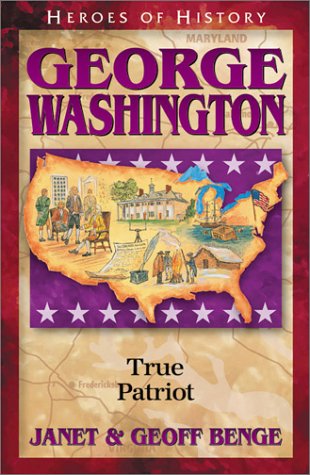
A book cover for George Washington: True Patriot (Heroes of History); Janet Benge; Children's Books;